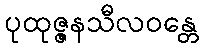
ပုထုဇ္ဇနသီလဝန္တေ